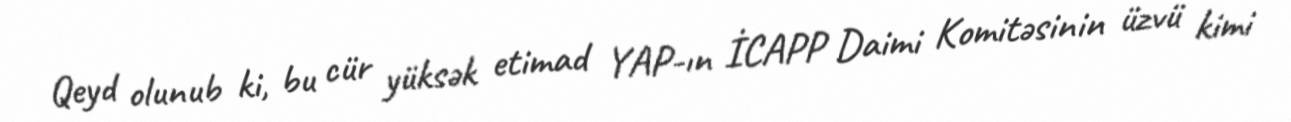
Qeyd olunub ki, bu cür yüksək etimad YAP-ın İCAPP Daimi Komitəsinin üzvü kimi